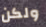
ولكن